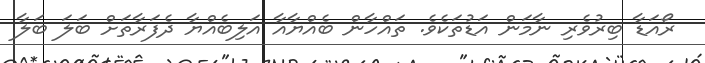
ރޯއަޑާ ބިރުވެރި ނާމަން އަޑުތަކެވެ. ތައްހާން ބެއްޔާއާ އަލިބެއްޔާ ދެފަރާތަށް ބަލަ ބަލާ